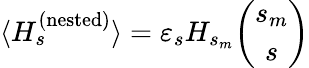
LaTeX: \langle H_{s}^{(\mathrm{nested})}\rangle=\varepsilon_{s}H_{s_{m}}{\binom{s_{m}}{s}}